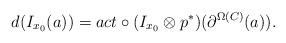
LaTeX: \begin{align*} d(I_{x_0}(a)) = act \circ (I_{x_0}\otimes p^*)(\partial^{\Omega(C)}(a)). \end{align*}